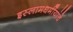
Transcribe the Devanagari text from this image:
इस्लामधर्मीयांचे